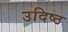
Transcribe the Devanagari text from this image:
उदिष्ठ